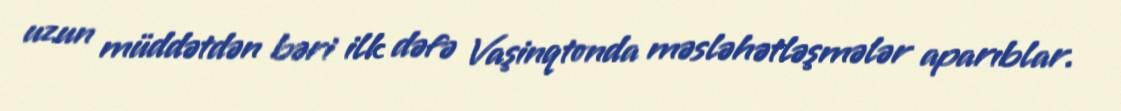
uzun müddətdən bəri ilk dəfə Vaşinqtonda məsləhətləşmələr aparıblar.